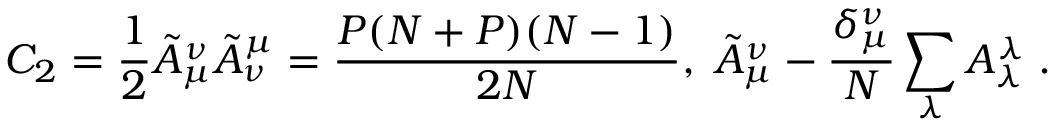
C _ { 2 } = \frac { 1 } { 2 } \tilde { A } _ { \mu } ^ { \nu } \tilde { A } _ { \nu } ^ { \mu } = \frac { P ( N + P ) ( N - 1 ) } { 2 N } , \; \tilde { A } _ { \mu } ^ { \nu } - \frac { \delta _ { \mu } ^ { \nu } } { N } \sum _ { \lambda } A _ { \lambda } ^ { \lambda } \; .